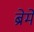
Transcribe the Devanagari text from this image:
ब्रेमे